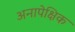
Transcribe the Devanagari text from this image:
अनापेक्षिक